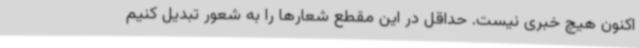
اکنون هیچ خبری نیست. حداقل در این مقطع شعارها را به شعور تبدیل کنیم